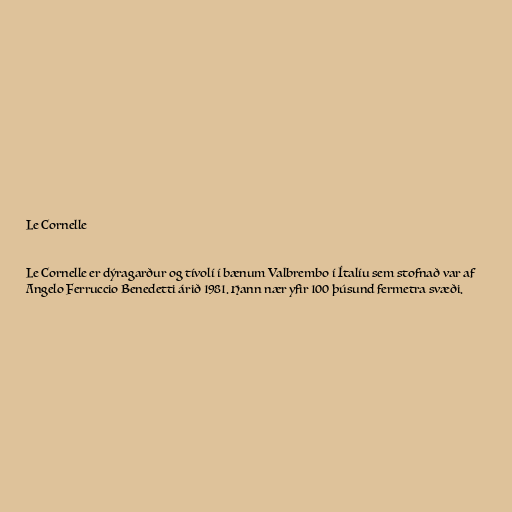
Le Cornelle

Le Cornelle er dýragarður og tívolí í bænum Valbrembo í Ítalíu sem stofnað var af
Angelo Ferruccio Benedetti árið 1981. Hann nær yfir 100 þúsund fermetra svæði.